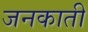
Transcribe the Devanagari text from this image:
जनकाती